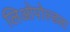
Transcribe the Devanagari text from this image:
लिओपोल्डला